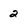
Character: 2